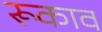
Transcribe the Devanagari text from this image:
रूकाव